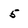
Character: 5